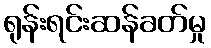
ရုန်းရင်းဆန်ခတ်မှု